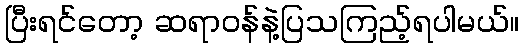
ပြီးရင်တော့ ဆရာဝန်နဲ့ပြသကြည့်ရပါမယ်။